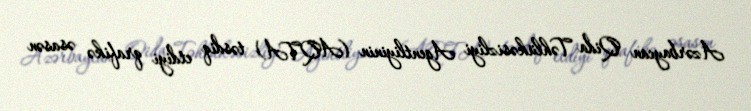
Azərbaycan Qida Təhlükəsizliyi Agentliyinin (AQTA) təsdiq etdiyi qrafikə əsasən